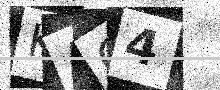
Text: KAO4